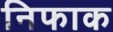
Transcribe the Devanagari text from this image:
निफाक